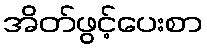
အိတ်ဖွင့်ပေးစာ